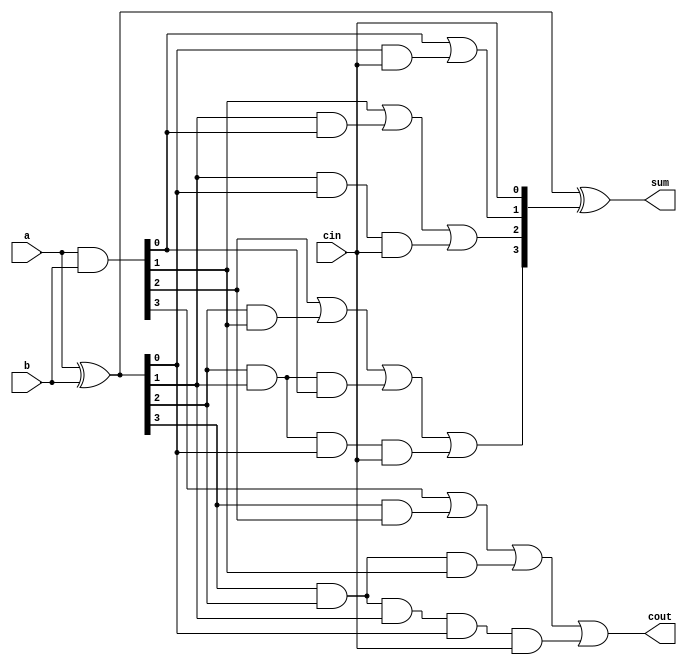
module carry_look_ahead_4bit(a,b, cin, sum,cout);
input [3:0] a,b;
input cin;
output [3:0] sum;
output cout;
 
wire [3:0] p,g,c;
 
assign p=a^b;//propagate
assign g=a&b; //generate
 
assign c[0]=cin;
assign c[1]= g[0]|(p[0]&c[0]);
assign c[2]= g[1] | (p[1]&g[0]) | p[1]&p[0]&c[0];
assign c[3]= g[2] | (p[2]&g[1]) | p[2]&p[1]&g[0] | p[2]&p[1]&p[0]&c[0];
assign cout= g[3] | (p[3]&g[2]) | p[3]&p[2]&g[1] | p[3]&p[2]&p[1]&p[0]&c[0];
assign sum=p^c;
 
endmodule